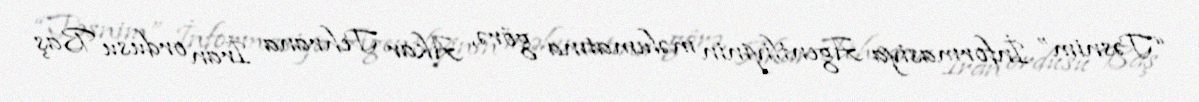
“Təsnim” İnformasiya Agentliyinin məlumatına görə, Akar Tehrana İran ordusu Baş